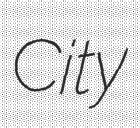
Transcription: City